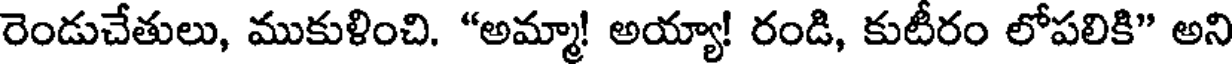
రెండుచేతులు, ముకుళించి. "అమ్మా! అయ్యా! రండి, కుటీరం లోపలికి" అని